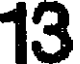
13